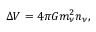
\Delta V = 4 \pi G m _ { \nu } ^ { 2 } n _ { \nu } ,